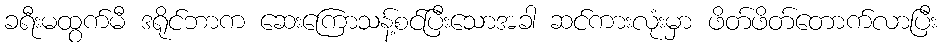
ခရီးမထွက်မီ ဒရိုင်ဘာက ဆေးကြောသန့်စင်ပြီးသောအခါ ဆင်ကားလုံးမှာ ဖိတ်ဖိတ်တောက်လာပြီး